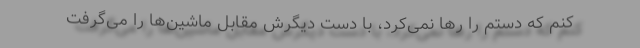
کنم که دستم را رها نمی‌کرد، با دست دیگرش مقابل ماشین‌ها را می‌گرفت